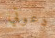
دعوتي